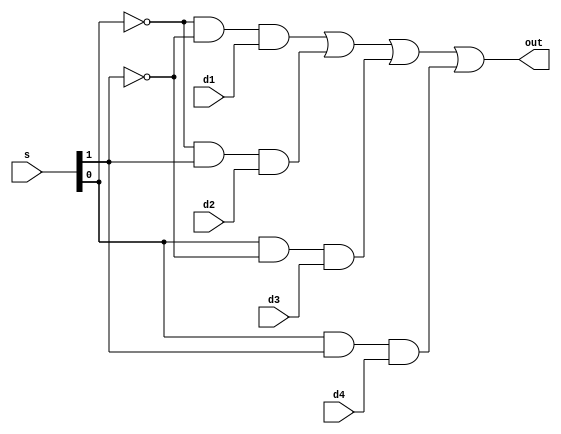
module mux4(s,d1,d2,d3,d4,out);

input d1,d2,d3,d4;
input [1:0] s;
output out;
wire [1:0] w1;
wire [3:0] w2;

not n1(w1[0],s[0]);
not n1(w1[1],s[1]);

and a1(w2[0],w1[0],w1[1],d1);
and a2(w2[1],w1[0],s[1],d2);
and a3(w2[2],s[0],w1[1],d3);
and a4(w2[3],s[0],s[1],d4);

or o1(out,w2[0],w2[1],w2[2],w2[3]);

endmodule